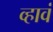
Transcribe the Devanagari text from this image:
व्‍हावं